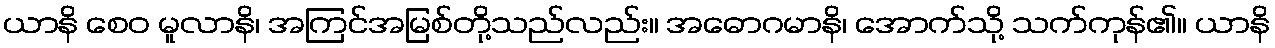
ယာနိ စေဝ မူလာနိ၊ အကြင်အမြစ်တို့သည်လည်း။ အဓောဂမာနိ၊ အောက်သို့ သက်ကုန်၏။ ယာနိ